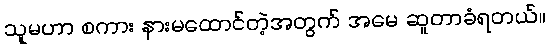
သူမဟာ စကား နားမထောင်တဲ့အတွက် အမေ ဆူတာခံရတယ်။